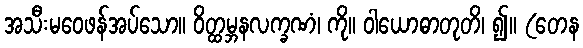
အသီးမဝေဖန်အပ်သော။ ဝိတ္ထမ္ဘနလက္ခဏံ၊ ကို။ ဝါယောဓာတုတိ၊ ၍။ (တေန